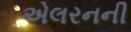
એલરનની